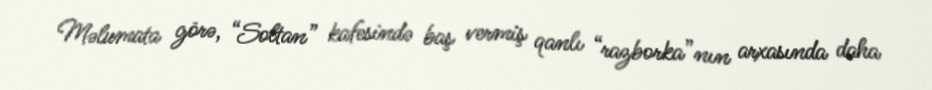
Məlumata görə, “Soltan” kafesində baş vermiş qanlı “razborka”nın arxasında daha